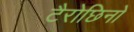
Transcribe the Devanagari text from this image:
टैरोछिनो